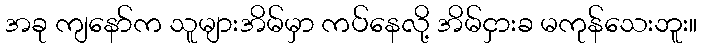
အခု ကျနော်က သူများအိမ်မှာ ကပ်နေလို့ အိမ်ငှားခ မကုန်သေးဘူး။